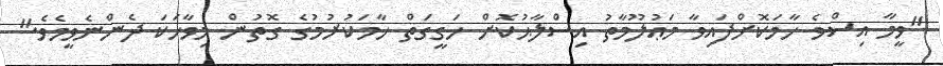
"ވީމާ އިސްވެ ހާމަކޮށްފައިވާ މަޢުލޫމާތު އިސްލާޙުކޮށް ހަގީގަތް ހާމަކުރުމުގެ ގޮތުން މިވާހަކަ ދެންނެވީމެވެ."